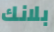
بلانك